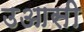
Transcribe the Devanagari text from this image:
उआसी